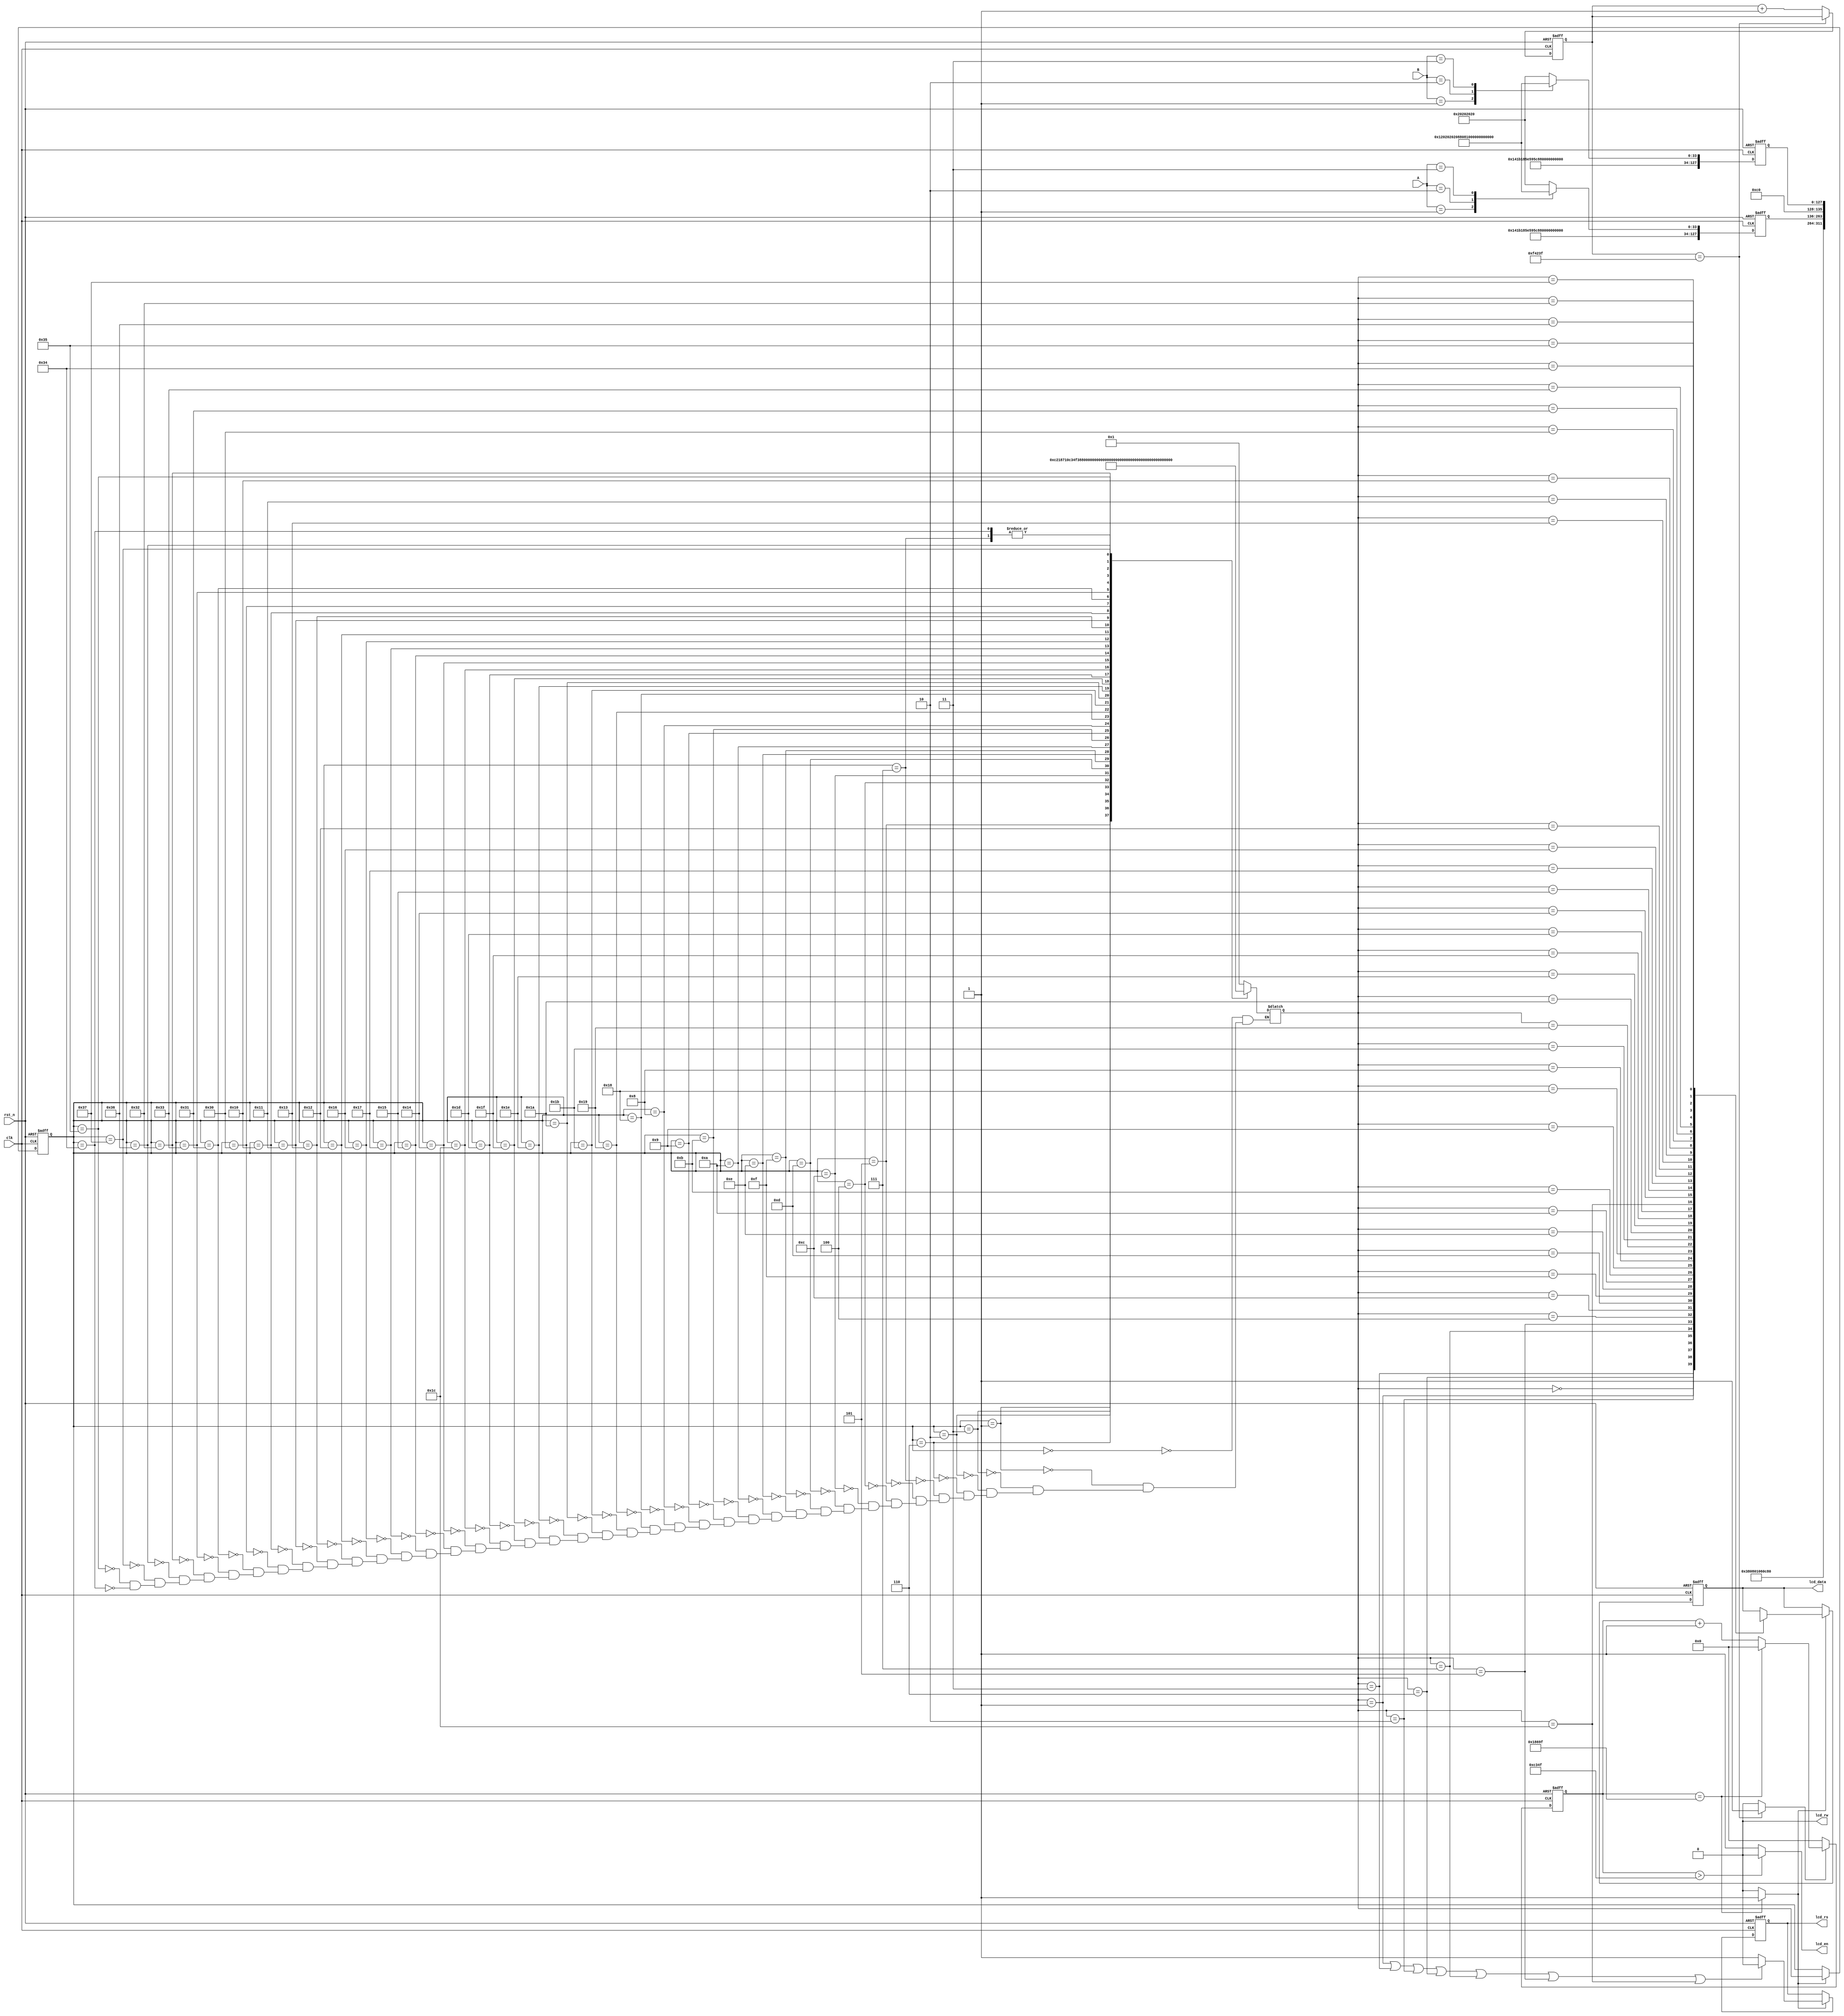
// ********************************************************************
// >>>>>>>>>>>>>>>>>>>>>>>>> COPYRIGHT NOTICE <<<<<<<<<<<<<<<<<<<<<<<<<
// ********************************************************************
// Module name  : lcd_1602_driver
// Description  : LCD
// Web          : https://www.cnblogs.com/aslmer/p/5819422.html
// 
// --------------------------------------------------------------------
// Code Revision History : 
// --------------------------------------------------------------------
// Version: |Mod. Date:
// V1.0     |2019/12/05
// --------------------------------------------------------------------
// Module Function: LCD

module lcd_1602_driver(
                clk    ,
                rst_n  ,
                lcd_en ,
                lcd_rw ,  //0.
                lcd_rs ,
                lcd_data,
					 A, B

              );
	input        clk    ;
	input        rst_n  ;
	input [3:0] A, B;
	
	output       lcd_en ;
	output       lcd_rw ;
	output       lcd_rs ;
	output [7:0] lcd_data;
	
	wire         clk;
	wire         rst_n  ;
	wire         lcd_en ;
	wire         lcd_rw;
	reg  [7:0]   lcd_data;
	reg          lcd_rs  ;
	reg [5:0]    c_state ;
	reg [5:0]    n_state ;
	reg [127:0]  r_row_1;
	reg [127:0]  r_row_2;
	wire  [127:0]  row_1;
	wire  [127:0]  row_2;
	assign row_1 = r_row_1;  //
	assign row_2 = r_row_2;  //
	
	//----------------------------------------------------------------------
	//initialize
	//first step is waitng more than 20 ms. 
	parameter TIME_20MS = 1000_000 ; //20000000/20=1000_000
	//parameter TIME_15MS = 9'h100 ; //just for test
	parameter TIME_500HZ= 100_000  ; //
	//parameter TIME_500HZ= 4'hf;  //just for test
	//use gray code   
	parameter         IDLE=    8'h00  ;  //40100 01 03 02                      
	parameter SET_FUNCTION=    8'h01  ;       
	parameter     DISP_OFF=    8'h03  ;
	parameter   DISP_CLEAR=    8'h02  ;
	parameter   ENTRY_MODE=    8'h06  ;
	parameter   DISP_ON   =    8'h07  ;
	parameter    ROW1_ADDR=    8'h05  ;       
	parameter       ROW1_0=    8'h04  ;
	parameter       ROW1_1=    8'h0C  ;
	parameter       ROW1_2=    8'h0D  ;
	parameter       ROW1_3=    8'h0F  ;
	parameter       ROW1_4=    8'h0E  ;
	parameter       ROW1_5=    8'h0A  ;
	parameter       ROW1_6=    8'h0B  ;
	parameter       ROW1_7=    8'h09  ;
	parameter       ROW1_8=    8'h08  ;
	parameter       ROW1_9=    8'h18  ;
	parameter       ROW1_A=    8'h19  ;
	parameter       ROW1_B=    8'h1B  ;
	parameter       ROW1_C=    8'h1A  ;
	parameter       ROW1_D=    8'h1E  ;
	parameter       ROW1_E=    8'h1F  ;
	parameter       ROW1_F=    8'h1D  ;
	
	parameter    ROW2_ADDR=    8'h1C  ;
	parameter       ROW2_0=    8'h14  ;
	parameter       ROW2_1=    8'h15  ;
	parameter       ROW2_2=    8'h17  ;
	parameter       ROW2_3=    8'h16  ;
	parameter       ROW2_4=    8'h12  ;
	parameter       ROW2_5=    8'h13  ;
	parameter       ROW2_6=    8'h11  ;
	parameter       ROW2_7=    8'h10  ;
	parameter       ROW2_8=    8'h30  ;
	parameter       ROW2_9=    8'h31  ;
	parameter       ROW2_A=    8'h33  ;
	parameter       ROW2_B=    8'h32  ;
	parameter       ROW2_C=    8'h36  ;
	parameter       ROW2_D=    8'h37  ;
	parameter       ROW2_E=    8'h35  ;
	parameter       ROW2_F=    8'h34  ;
	
	
	//20ms
	reg [19:0] cnt_20ms ;
	always  @(posedge clk or negedge rst_n)begin
		 if(rst_n==1'b0)begin
			  cnt_20ms<=0;
		 end
		 else if(cnt_20ms == TIME_20MS -1)begin
			  cnt_20ms<=cnt_20ms;
		 end
		 else
			  cnt_20ms<=cnt_20ms + 1 ;
	end
	wire delay_done = (cnt_20ms==TIME_20MS-1)? 1'b1 : 1'b0 ;
	
	//----------------------------------------------------------------------
	//500ns  LCD1602500HZ,FPGA50Mhz,
	reg [19:0] cnt_500hz;
	always  @(posedge clk or negedge rst_n)begin
		 if(rst_n==1'b0)begin
			  cnt_500hz <= 0;
		 end
		 else if(delay_done==1)begin
			  if(cnt_500hz== TIME_500HZ - 1)
					cnt_500hz<=0;
			  else
					cnt_500hz<=cnt_500hz + 1 ;
		 end
		 else
			  cnt_500hz<=0;
	end
	
	assign lcd_en = (cnt_500hz>(TIME_500HZ-1)/2)? 1'b0 : 1'b1;  //
	assign write_flag = (cnt_500hz==TIME_500HZ - 1) ? 1'b1 : 1'b0 ;
	
	// 
	always@(posedge clk or negedge rst_n)
	if(!rst_n)
	begin
		r_row_1 <= "Player A : 0    ";
		r_row_2 <= "Player B : 0    ";
	end
	else
	begin
		case(A)		//  A 
		4'h1: r_row_1 <= "Player A : 1    ";
		4'h2: r_row_1 <= "Player A : 2    ";
		4'h3: r_row_1 <= "Player A : 3    ";
		default: r_row_1 <= "Player A : 0    ";
		endcase
		case(B)		//  A 
		4'h1: r_row_2 <= "Player B : 1    ";
		4'h2: r_row_2 <= "Player B : 2    ";
		4'h3: r_row_2 <= "Player B : 3    ";
		default: r_row_2 <= "Player B : 0    ";
		endcase
	end
	
	//set_function ,display off display clear ,entry mode set
	//----------------------------------------------------------------------
	always  @(posedge clk or negedge rst_n)begin
		 if(rst_n==1'b0)begin
			  c_state <= IDLE    ;
		 end
		 else if(write_flag==1) begin
			  c_state<= n_state  ;
		 end
		 else
			  c_state<=c_state   ;
	end
	
	always  @(*)begin
		 case (c_state)
			  IDLE: n_state = SET_FUNCTION ;
	SET_FUNCTION: n_state = DISP_OFF     ;
		 DISP_OFF: n_state = DISP_CLEAR   ;
	  DISP_CLEAR: n_state = ENTRY_MODE   ;
	  ENTRY_MODE: n_state = DISP_ON      ;
	  DISP_ON   : n_state = ROW1_ADDR    ;
		ROW1_ADDR: n_state = ROW1_0       ;
			ROW1_0: n_state = ROW1_1       ;
			ROW1_1: n_state = ROW1_2       ;
			ROW1_2: n_state = ROW1_3       ;
			ROW1_3: n_state = ROW1_4       ;
			ROW1_4: n_state = ROW1_5       ;
			ROW1_5: n_state = ROW1_6       ;
			ROW1_6: n_state = ROW1_7       ;
			ROW1_7: n_state = ROW1_8       ;
			ROW1_8: n_state = ROW1_9       ;
			ROW1_9: n_state = ROW1_A       ;
			ROW1_A: n_state = ROW1_B       ;
			ROW1_B: n_state = ROW1_C       ;
			ROW1_C: n_state = ROW1_D       ;
			ROW1_D: n_state = ROW1_E       ;
			ROW1_E: n_state = ROW1_F       ;
			ROW1_F: n_state = ROW2_ADDR    ;
	
		ROW2_ADDR: n_state = ROW2_0       ;
			ROW2_0: n_state = ROW2_1       ;
			ROW2_1: n_state = ROW2_2       ;
			ROW2_2: n_state = ROW2_3       ;
			ROW2_3: n_state = ROW2_4       ;
			ROW2_4: n_state = ROW2_5       ;
			ROW2_5: n_state = ROW2_6       ;
			ROW2_6: n_state = ROW2_7       ;
			ROW2_7: n_state = ROW2_8       ;
			ROW2_8: n_state = ROW2_9       ;
			ROW2_9: n_state = ROW2_A       ;
			ROW2_A: n_state = ROW2_B       ;
			ROW2_B: n_state = ROW2_C       ;
			ROW2_C: n_state = ROW2_D       ;
			ROW2_D: n_state = ROW2_E       ;
			ROW2_E: n_state = ROW2_F       ;
			ROW2_F: n_state = ROW1_ADDR    ;
		  default: n_state = n_state      ;
		endcase 
		end   
	
		assign lcd_rw = 0;
		always  @(posedge clk or negedge rst_n)begin
			 if(rst_n==1'b0)begin
				  lcd_rs <= 0 ;   //order or data  0: order 1:data
			 end
			 else if(write_flag == 1)begin
				  if((n_state==SET_FUNCTION)||(n_state==DISP_OFF)||
					  (n_state==DISP_CLEAR)||(n_state==ENTRY_MODE)||
					  (n_state==DISP_ON ) ||(n_state==ROW1_ADDR)||
					  (n_state==ROW2_ADDR))begin
				  lcd_rs<=0 ;
				  end 
				  else  begin
				  lcd_rs<= 1;
				  end
			 end
			 else begin
				  lcd_rs<=lcd_rs;
			 end     
		end                   
	
		always  @(posedge clk or negedge rst_n)begin
			 if(rst_n==1'b0)begin
				  lcd_data<=0 ;
			 end
			 else  if(write_flag)begin
				  case(n_state)
	
						  IDLE: lcd_data <= 8'hxx;
				SET_FUNCTION: lcd_data <= 8'h38; //2*16 5*8 8
					 DISP_OFF: lcd_data <= 8'h08;
				  DISP_CLEAR: lcd_data <= 8'h01;
				  ENTRY_MODE: lcd_data <= 8'h06;
				  DISP_ON   : lcd_data <= 8'h0c;  //
					ROW1_ADDR: lcd_data <= 8'h80; //00+80
						ROW1_0: lcd_data <= row_1 [127:120];
						ROW1_1: lcd_data <= row_1 [119:112];
						ROW1_2: lcd_data <= row_1 [111:104];
						ROW1_3: lcd_data <= row_1 [103: 96];
						ROW1_4: lcd_data <= row_1 [ 95: 88];
						ROW1_5: lcd_data <= row_1 [ 87: 80];
						ROW1_6: lcd_data <= row_1 [ 79: 72];
						ROW1_7: lcd_data <= row_1 [ 71: 64];
						ROW1_8: lcd_data <= row_1 [ 63: 56];
						ROW1_9: lcd_data <= row_1 [ 55: 48];
						ROW1_A: lcd_data <= row_1 [ 47: 40];
						ROW1_B: lcd_data <= row_1 [ 39: 32];
						ROW1_C: lcd_data <= row_1 [ 31: 24];
						ROW1_D: lcd_data <= row_1 [ 23: 16];
						ROW1_E: lcd_data <= row_1 [ 15:  8];
						ROW1_F: lcd_data <= row_1 [  7:  0];
	
					ROW2_ADDR: lcd_data <= 8'hc0;      //40+80
						ROW2_0: lcd_data <= row_2 [127:120];
						ROW2_1: lcd_data <= row_2 [119:112];
						ROW2_2: lcd_data <= row_2 [111:104];
						ROW2_3: lcd_data <= row_2 [103: 96];
						ROW2_4: lcd_data <= row_2 [ 95: 88];
						ROW2_5: lcd_data <= row_2 [ 87: 80];
						ROW2_6: lcd_data <= row_2 [ 79: 72];
						ROW2_7: lcd_data <= row_2 [ 71: 64];
						ROW2_8: lcd_data <= row_2 [ 63: 56];
						ROW2_9: lcd_data <= row_2 [ 55: 48];
						ROW2_A: lcd_data <= row_2 [ 47: 40];
						ROW2_B: lcd_data <= row_2 [ 39: 32];
						ROW2_C: lcd_data <= row_2 [ 31: 24];
						ROW2_D: lcd_data <= row_2 [ 23: 16];
						ROW2_E: lcd_data <= row_2 [ 15:  8];
						ROW2_F: lcd_data <= row_2 [  7:  0];
				  endcase                     
			 end
			 else
					  lcd_data<=lcd_data ;
		end

endmodule